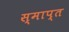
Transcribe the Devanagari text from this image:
स्माप्त